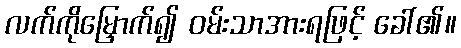
လက်ကိုမြှောက်၍ ဝမ်းသာအားရဖြင့် ခေါ်၏။